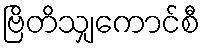
ဗြိတိသျှကောင်စီ